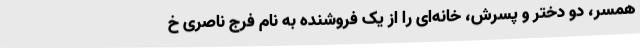
همسر، دو دختر و پسرش، خانه‌ای را از یک فروشنده به نام فرج ناصری خ